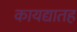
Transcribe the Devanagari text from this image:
कायद्यातह